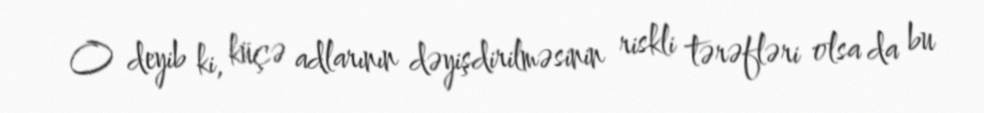
O deyib ki, küçə adlarının dəyişdirilməsinin riskli tərəfləri olsa da bu